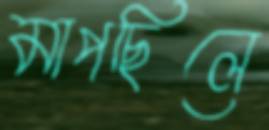
মাপছিলে